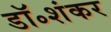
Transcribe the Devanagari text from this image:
डॉ॰शंकर